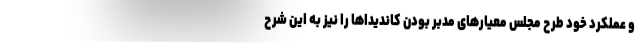
و عملکرد خود طرح مجلس معیارهای مدبر بودن کاندیداها را نیز به این شرح